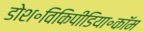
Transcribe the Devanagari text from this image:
डोश॰विकिपीडिया॰कॉम